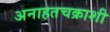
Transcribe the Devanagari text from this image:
अनाहतचक्राशी